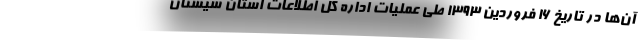
آن‌ها در تاریخ ۱۶ فروردین ۱۳۹۳ طی عملیات اداره کل اطلاعات استان سیستان